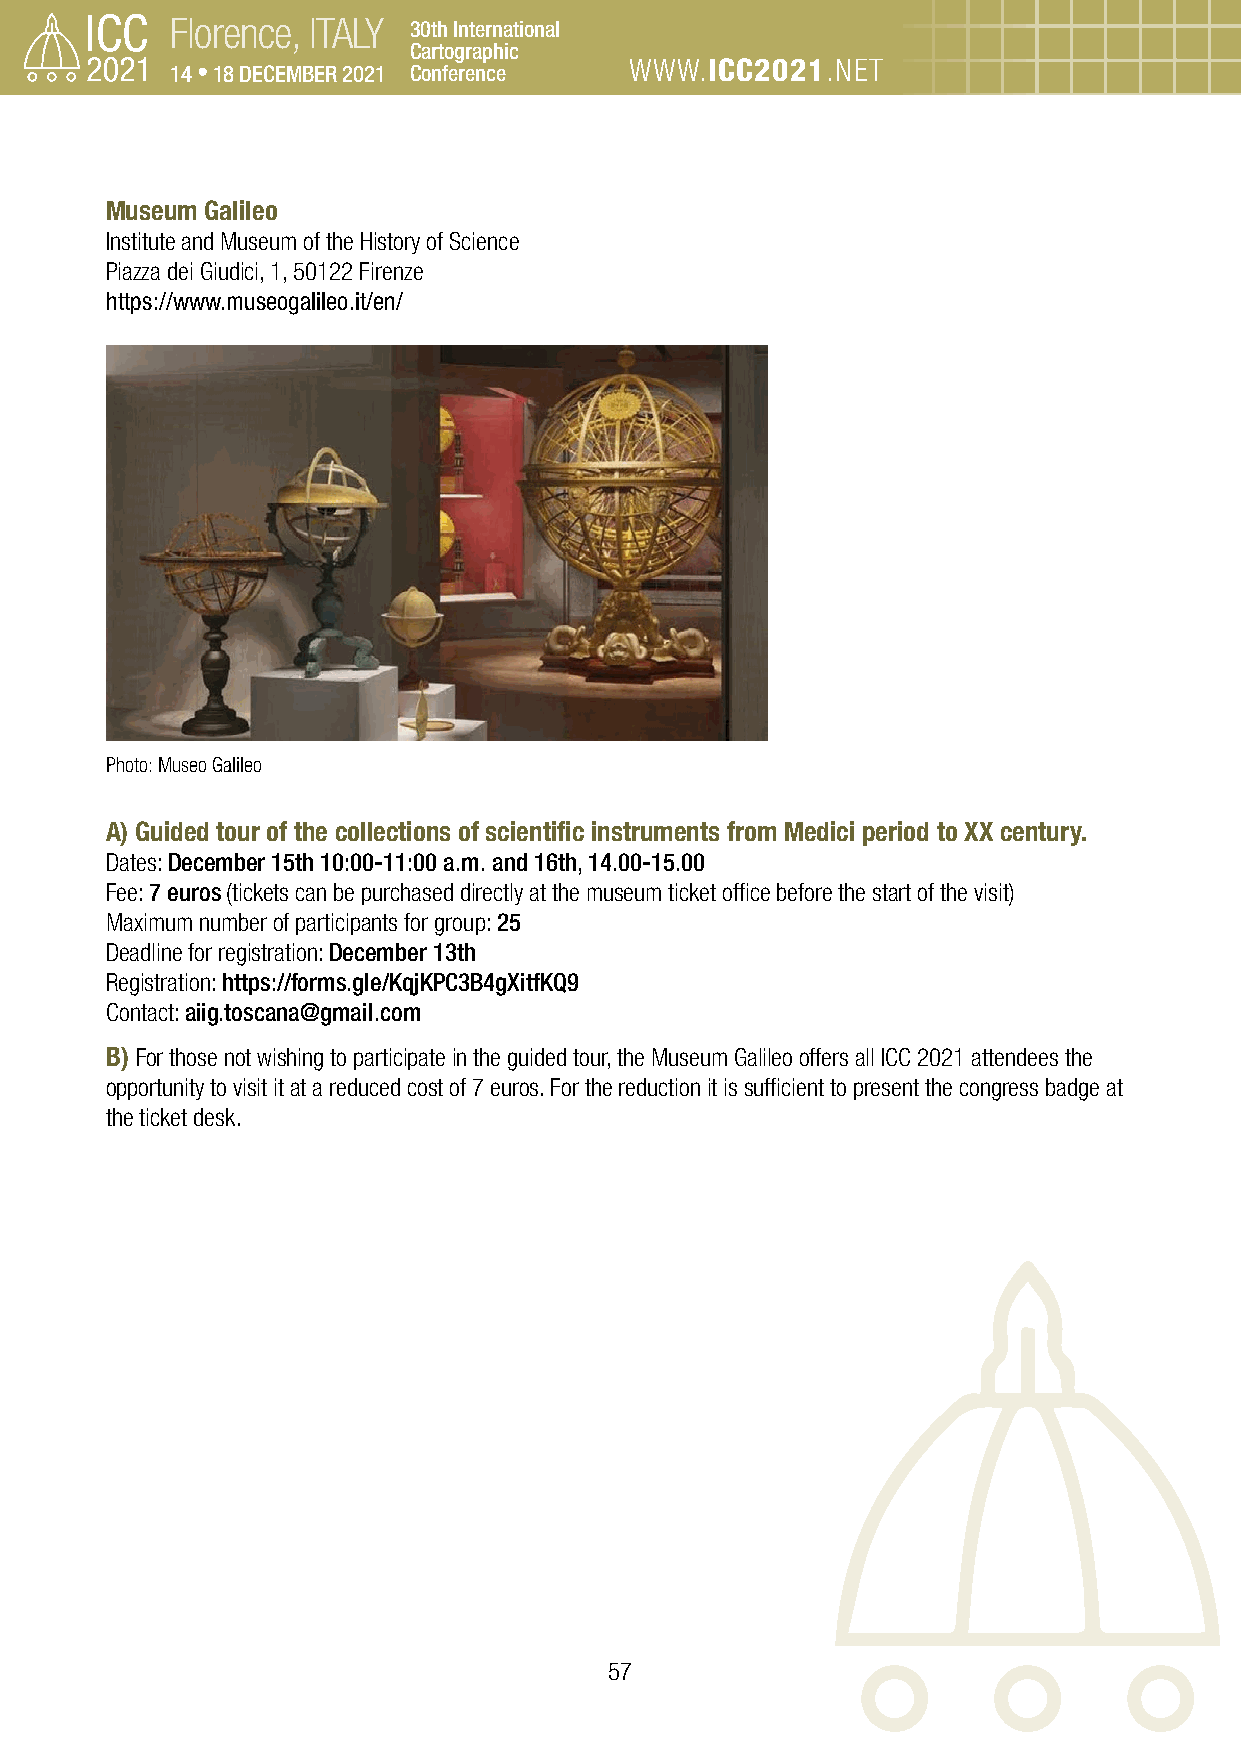
Florence, ITALY 30th International
 Cartographic
 14 • 18 DECEMBER 2021 Conference WWW.ICC2021.NET
 Museum Galileo
 Institute and Museum of the History of Science
 Piazza dei Giudici, 1, 50122 Firenze
 https://www.museogalileo.it/en/
 Photo: Museo Galileo
 A) Guided tour of the collections of scientific instruments from Medici period to XX century.
 Dates: December 15th 10:00-11:00 a.m. and 16th, 14.00-15.00
 Fee: 7 euros (tickets can be purchased directly at the museum ticket office before the start of the visit)
 Maximum number of participants for group: 25
 Deadline for registration: December 13th
 Registration: https://forms.gle/KqjKPC3B4gXitfKQ9
 Contact: aiig.toscana@gmail.com
 B) For those not wishing to participate in the guided tour, the Museum Galileo offers all ICC 2021 attendees the
 opportunity to visit it at a reduced cost of 7 euros. For the reduction it is sufficient to present the congress badge at
 the ticket desk.
 57